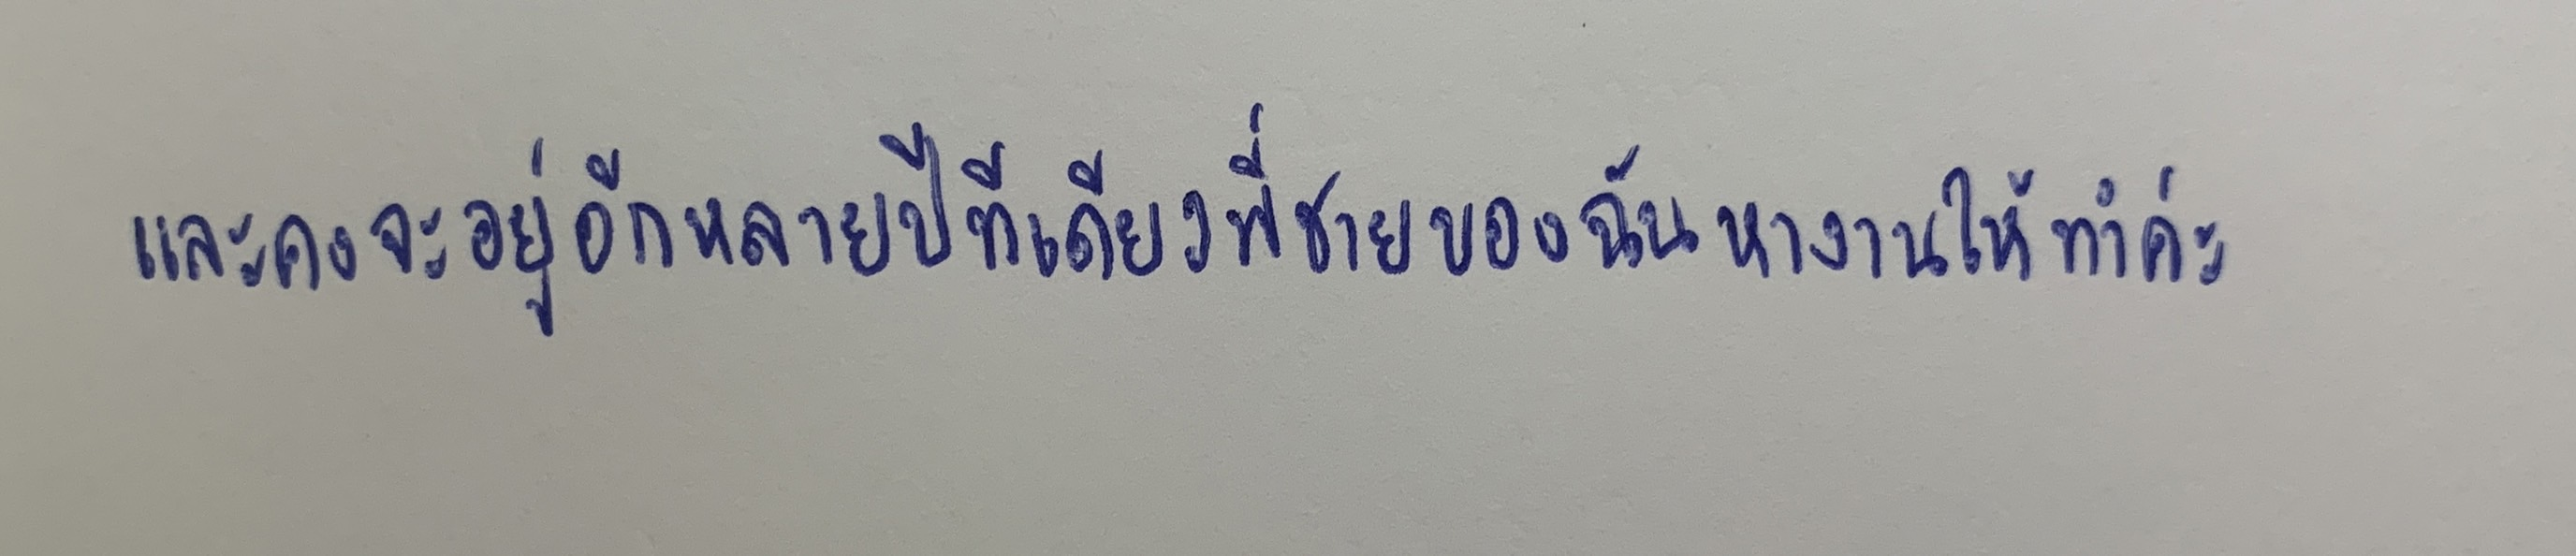
และคงจะอยู่อีกหลายปีทีเดียวพี่ชายของฉันหางานให้ทำค่ะ